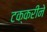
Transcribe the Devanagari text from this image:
टक्करीने